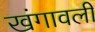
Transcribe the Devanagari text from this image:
खंगावली